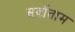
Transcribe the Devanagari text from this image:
सर्वोताम